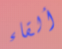
ألقاء